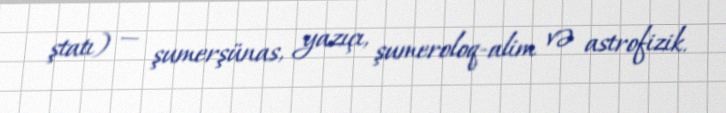
ştatı) — şumerşünas, yazıçı, şumeroloq-alim və astrofizik.